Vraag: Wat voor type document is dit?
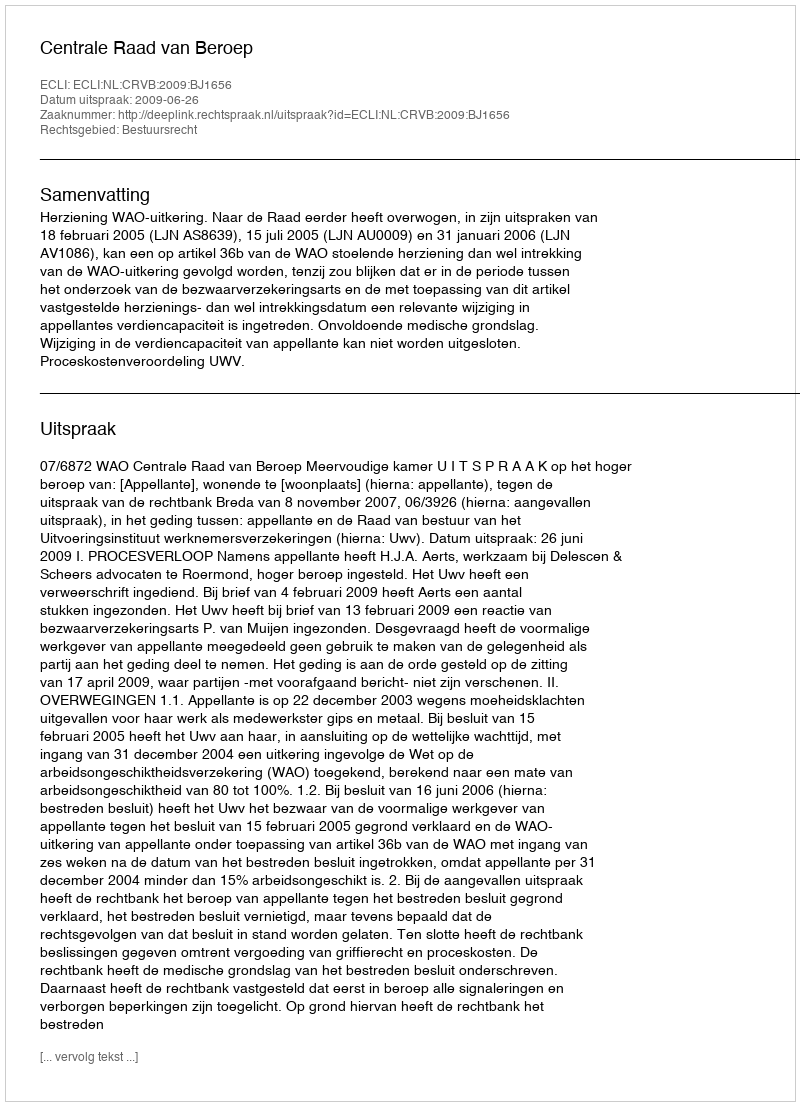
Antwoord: Uitspraak